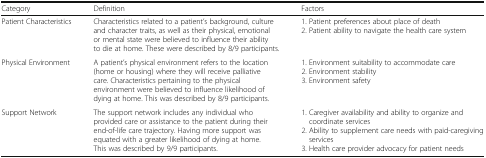
<table><thead><tr><td><b>Category</b></td><td><b>Definition</b></td><td><b>Factors</b></td></tr></thead><tbody><tr><td>Patient Characteristics</td><td>Characteristics related to a patient’s background, culture and character traits, as well as their physical, emotional or mental state were believed to influence their ability to die at home. These were described by 8/9 participants.</td><td>1. Patient preferences about place of death2. Patient ability to navigate the health care system</td></tr><tr><td>Physical Environment</td><td>A patient’s physical environment refers to the location (home or housing) where they will receive palliative care. Characteristics pertaining to the physical environment were believed to influence likelihood of dying at home. This was described by 8/9 participants.</td><td>1. Environment suitability to accommodate care2. Environment stability3. Environment safety</td></tr><tr><td>Support Network</td><td>The support network includes any individual who provided care or assistance to the patient during their end-of-life care trajectory. Having more support was equated with a greater likelihood of dying at home. This was described by 9/9 participants.</td><td>1. Caregiver availability and ability to organize and coordinate services2. Ability to supplement care needs with paid-caregiving services3. Health care provider advocacy for patient needs</td></tr></tbody></table>